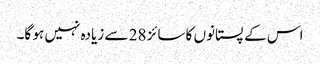
اس کے پستانوں کا سائز 28 سے زیادہ نہیں ہو گا۔